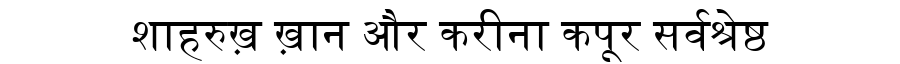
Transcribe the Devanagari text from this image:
शाहरुख़ ख़ान और करीना कपूर सर्वश्रेष्ठ